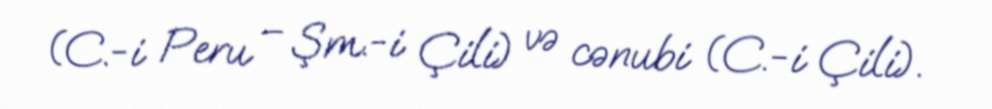
(C.-i Peru – Şm.-i Çili) və cənubi (C.-i Çili).